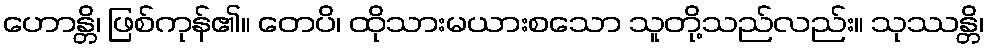
ဟောန္တိ၊ ဖြစ်ကုန်၏။ တေပိ၊ ထိုသားမယားစသော သူတို့သည်လည်း။ သုဿန္တိ၊